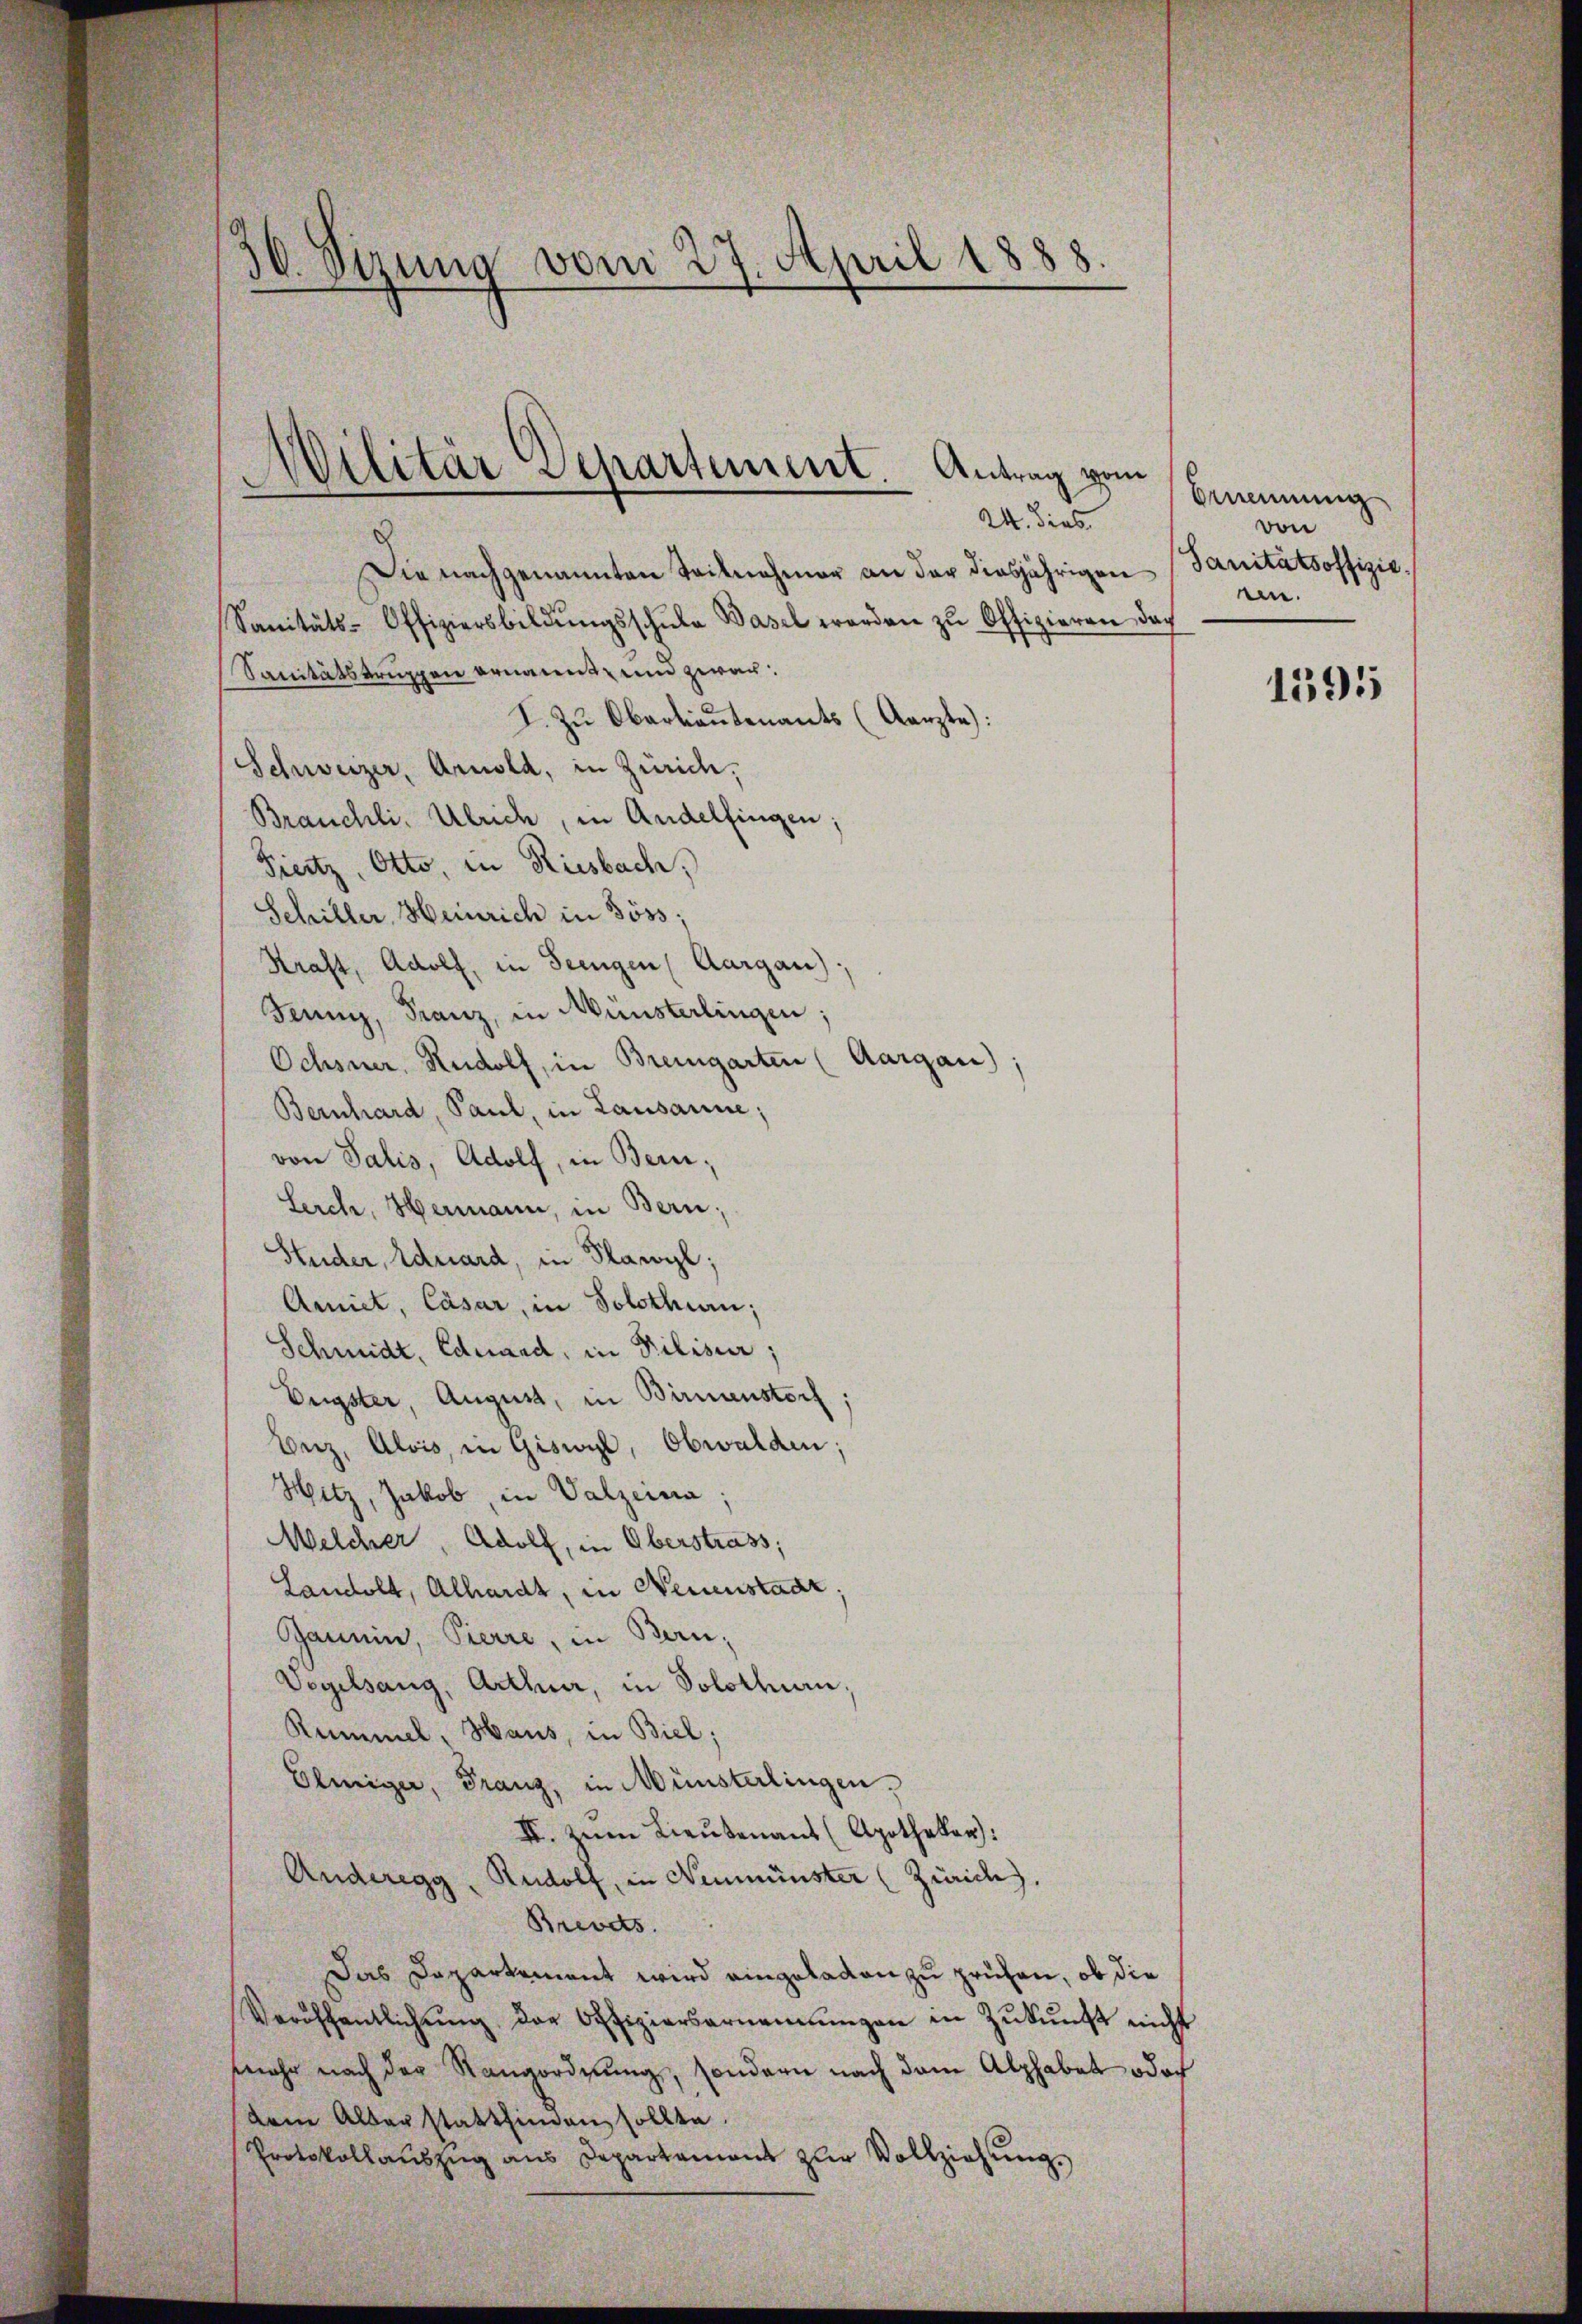
30. Sizung vom 27. April 1888.

Die nachgenannten Teilnehmer an der diesjährigen Sanitätsoffizie¬
Sanitäts-Offiziersbildŭngsschŭla Basel werden zŭ Offizieren doch
Sanitätstruppen ernannt und zwar:
I. Zu Oberlieutenants (Aarzte:
Schweizer, Arnold, in Zürich,
Bräuchli, Ulrich, in Andelfingen;
Fiertz, Otto, in Riesbach,
Schiller, Heinrich in Göss;
Kraft, Adolf, in Seengen, Aargau),
Jenny, Franz, in Münsterlingen;
Ochsner, Rudolf, in Bremgarten (Aargau);
Bernhard, Paul, in Lausanne;
von Salis, Adolf, in Bern,
Lerch, Hermann, in Bern;
Studer, Eduard, in Flawyl;
Amiet, Cäsar, in Solothun;
Schmidt, Eduard, in Pilisier;
Eugster, August, in Birmenstorf,
Beiz, Alois, in Giswyl, Obwalden;
Hitz, Jakob, in Valzeina;
Welcher, Adolf, in Oberstrass;
Landolt, Alhardt, in Neuenstadt
Janein, Pierre, in Bern,
Vegelsang, Arthner, in Solothurn,
Rummel, Haus, in Biel;
Eleiger, Franz, in Münsterlingen,
II. Zum Lieutenant (Apothekar:
Anderegg, Rudolf, in Neumünster (Zürich.
Brevets.
Das Departement wird eingeladen zu prüfen, ob die
Veröffentlichŭng der Offiziersernennungen in Zŭkŭnft nicht
mehr nach der Rangordnung, sondern nach dem Alphabet doch
dem Alber stattfinden sollte.
Protokollauszug aus Departement zur Vollziehung.

Wilitär Separtement. Antrag vom
24. dies

Ornennung
von
en.

1595